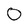
Character: 0